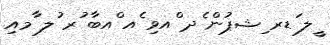
ީލ ަޑރ ިޝޕުން ެދ ްއވި ެއ ްއބާ ުރ ުލ ާމއި